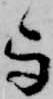
与